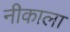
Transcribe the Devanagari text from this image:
नीकाला